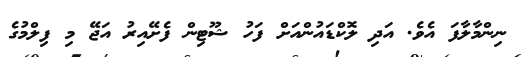
ނިންމާލާފަ އެވެ. އަދި ލޮކްޑައުންއަށް ފަހު ޝޫޓިން ފެށޭއިރު އަޖޭ މި ފިލްމުގެ